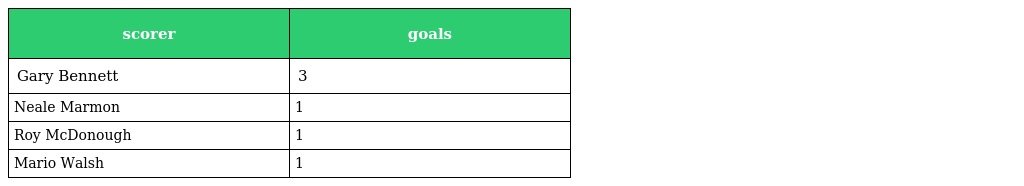
| scorer | goals |
 | --- | --- |
 | Gary Bennett | 3 |
 | Neale Marmon | 1 |
 | Roy McDonough | 1 |
 | Mario Walsh | 1 |